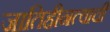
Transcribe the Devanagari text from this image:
जातिहीनत्वाची